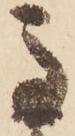
馬